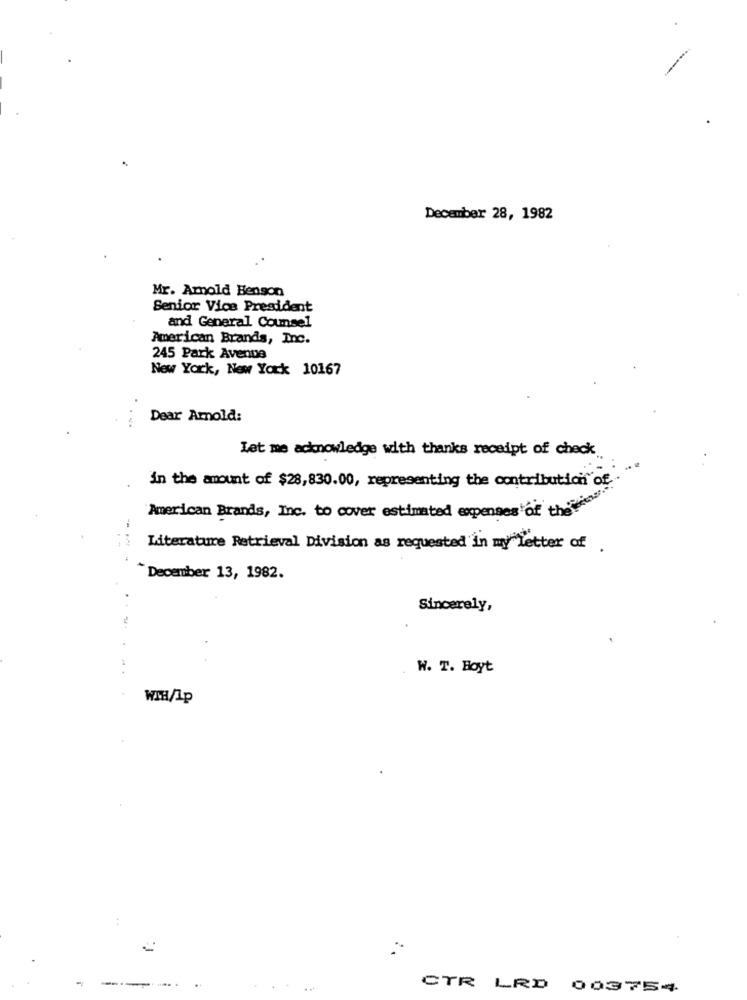
December 28, 1982
Mr. Arnold Henson
Senior Vice President
and General Counsel
American Brands, Inc.
245 Park Avenue
New York, New York 10167
Dear Arnold:
Let me acknowledge with thanks receipt of check
in the amount of $28,830.00, representing the contribution of
American Brands, Inc. to cover estimated expenses of the
Literature Retrieval Division as requested in my letter of .
December 13, 1982.
Sincerely,
W. T. Hoyt
WMH/Ip
-
CTR LRD 003754